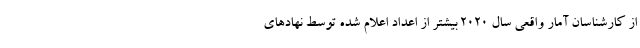
از کارشناسان آمار واقعی سال 2020 بیشتر از اعداد اعلام شده توسط نهادهای